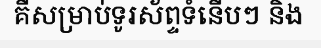
គឺសម្រាប់ទូរស័ព្ទទំនើបៗ និង